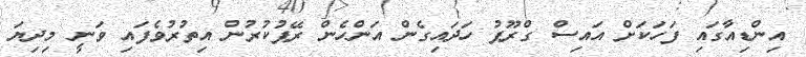
އިންޑިއާގައި ފަހަކަށް އައިސް ގްރޫޕު ހަދައިގެން އަންހެން ރޭޕުކުރުން އިތުރުވެފައި ވަނީ މިދިޔަ